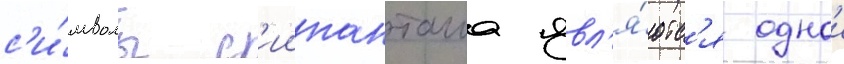
с'и́мволы с'иипанташа явл'я́ютс'я однои